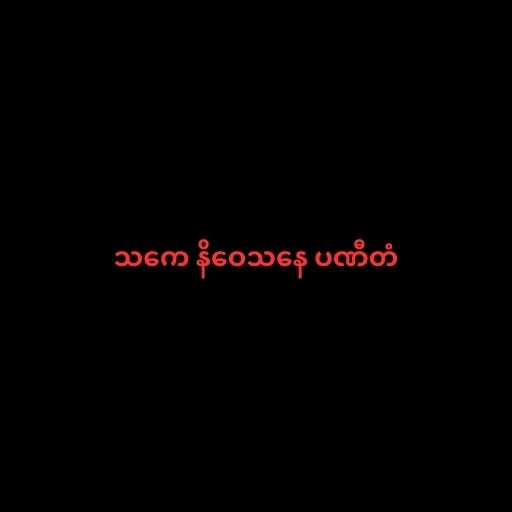
သကေ နိဝေသနေ ပဏီတံ